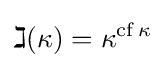
\gimel (\kappa )=\kappa ^{\operatorname {cf} \kappa }